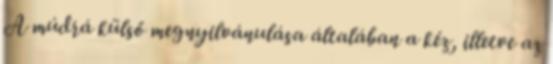
A múdrá külső megnyilvánulása általában a kéz, illetve az